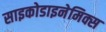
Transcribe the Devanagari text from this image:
साइकोडाइनेमिक्स